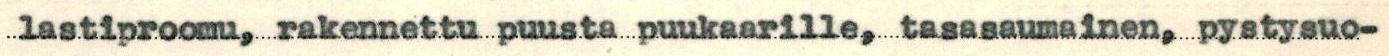
lastiproomu, rakennettu puusta puukaarille, tasasaumainen, pystysuo-